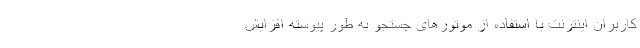
کاربران اینترنت با استفاده از موتورهای جستجو به طور پیوسته افزایش